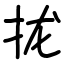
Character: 拢